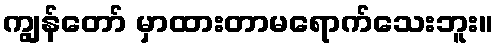
ကျွန်တော် မှာထားတာမရောက်သေးဘူး။